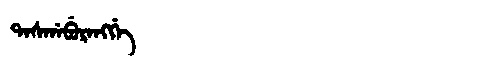
Manchu: ᡨᠠᠰᡤᠠᠪᡠᡵᠠᠩᡤᡝ
Romanization: TASGABURANGGE